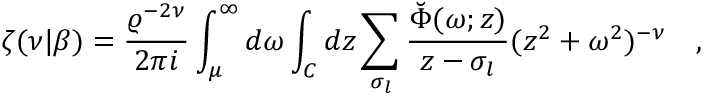
\zeta ( \nu | \beta ) = { \frac { \varrho ^ { - 2 \nu } } { 2 \pi i } } \int _ { \mu } ^ { \infty } d \omega \int _ { C } d z \sum _ { \sigma _ { l } } { \frac { \breve { \Phi } ( \omega ; z ) } { z - \sigma _ { l } } } ( z ^ { 2 } + \omega ^ { 2 } ) ^ { - \nu } ~ ~ ~ ,